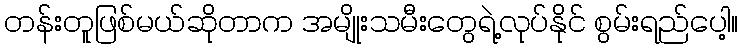
တန်းတူဖြစ်မယ်ဆိုတာက အမျိုးသမီးတွေရဲ့လုပ်နိုင် စွမ်းရည်ပေါ့။